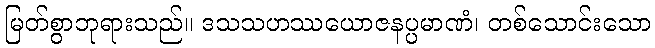
မြတ်စွာဘုရားသည်။ ဒသသဟဿယောဇနပ္ပမာဏံ၊ တစ်သောင်းသော